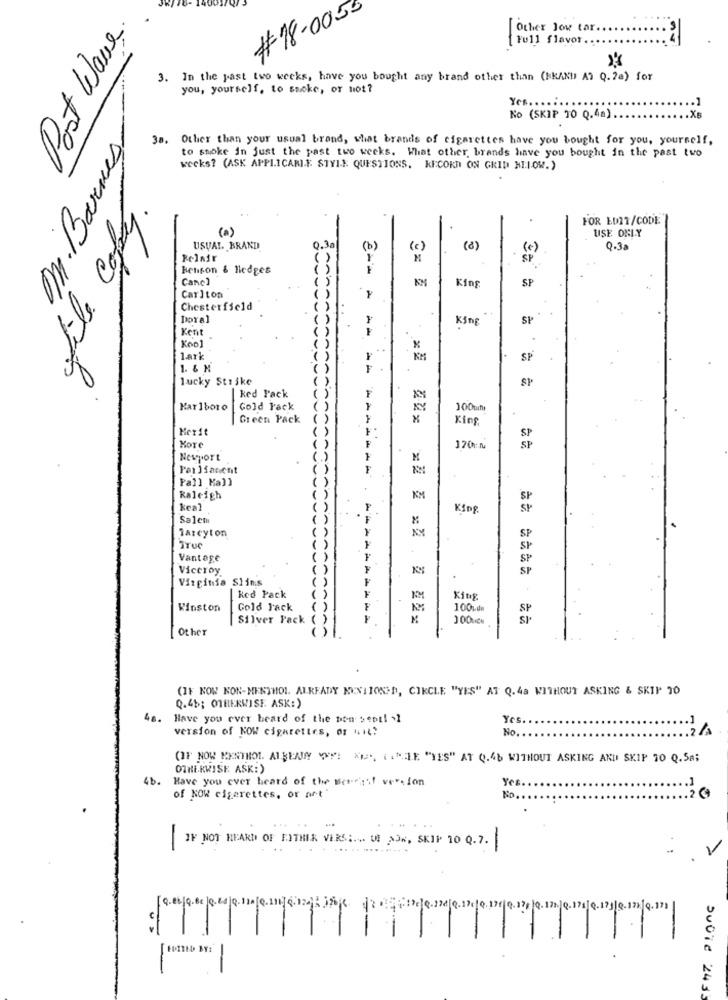
Post Waves.
#18.0055
[Other Jowe tar
[ Full flavor ..
3. In the past two weeks, have you bought any brand other than (NKAND AI Q.2a) for
you, yourself, to smoke, or not?
Yes ..
No (SKIP 30 Q.4a)
38. Other than your usual brand, what brands of cigarettes have you bought for you, yourself,
m. Barnes
to smoke in just the past two weeks. What other brands have you bought in the past two
wecks? (ASK APPLICARI.E. STYLE QUESTIONS. KECORN ON GRID NILOW.)
file copy.
FOR EDIT/CODE
(a)
-
.
USE ONLY
USUAL. BRAND
0.30
(b)
(c)
( 8)
(€)
0.3
Relair
SP
Benson & Hedges
Cane]
King
SP
Carlton
=== =
Chesterfield
Doral
King
SP
Kent
F
.
Koo
lark
KM
SP
1. & M
lucky Strike
ked Pack
Marlboro
Gold Pack
KY
Green Pack
King.
Merit
Kore
SF
Newport
------
Pall Ka]]
Raleigh
KM
SP
keal
King
SP
Salem
lareyton
KY
True
SP
Vantage
SP
Viceroy
SP
Virginia SHins
| ked Pack
King
Winston
Gold Jack
100%d
SP
Silver Pack
----------
M
300ucu
Other
(IF NOW NON-MENTHOL. ALREADY KYNI10%3D, CIRCLE "YES" AT Q.4a WITHOUT ASKING & SKIP 30
Q.45; OTHERWISE ASK:)
40.
Have you ever heard of the pon sept! >1
Yes.
version of NOW cigarettes, or "IL?
No. .
(OF NOW MENTHOL ALBRAY VIE WEES, CANELE "YES" AT 0.46 WITHOUT ASKING AND SKIP TO Q. 58;
OTHERWISE ASK:)
4b.
Have you ever heard of the seasgit version
.1
Yes.
of NOW cigarettes, or art
No
IF NOT HEARD OF EITHER VERS :... U. AON, SKIP 10 Q.7.
-
-
.. . ... .. ..........
-
171.
.171|0.171|8.1720.171
-
Subie 2433